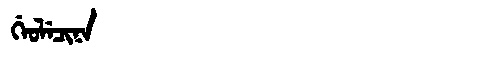
Manchu: ᡤᡝᠣᠯᡝᠴᡳᠨᠠ
Romanization: GEOLECINA